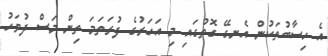
އެ ހިސާބުތަކުން އެނގޭ ގޮތުގައި މި އަހަރުގެ ފުރަތަމަ ތިން މަސް ދުވަހު